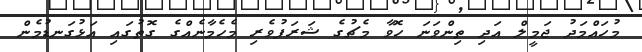
މުހައްމަދު ޖަމީލް އަދި ތިންވަނަ ހޮވާ މެޗުގެ ޝަރަފުވެރި މެހެމާނެއްގެ ގޮތުގައި އަޅުގަނޑުމެން